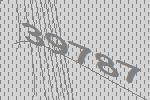
39787